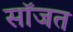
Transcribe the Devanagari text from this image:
सॉजत